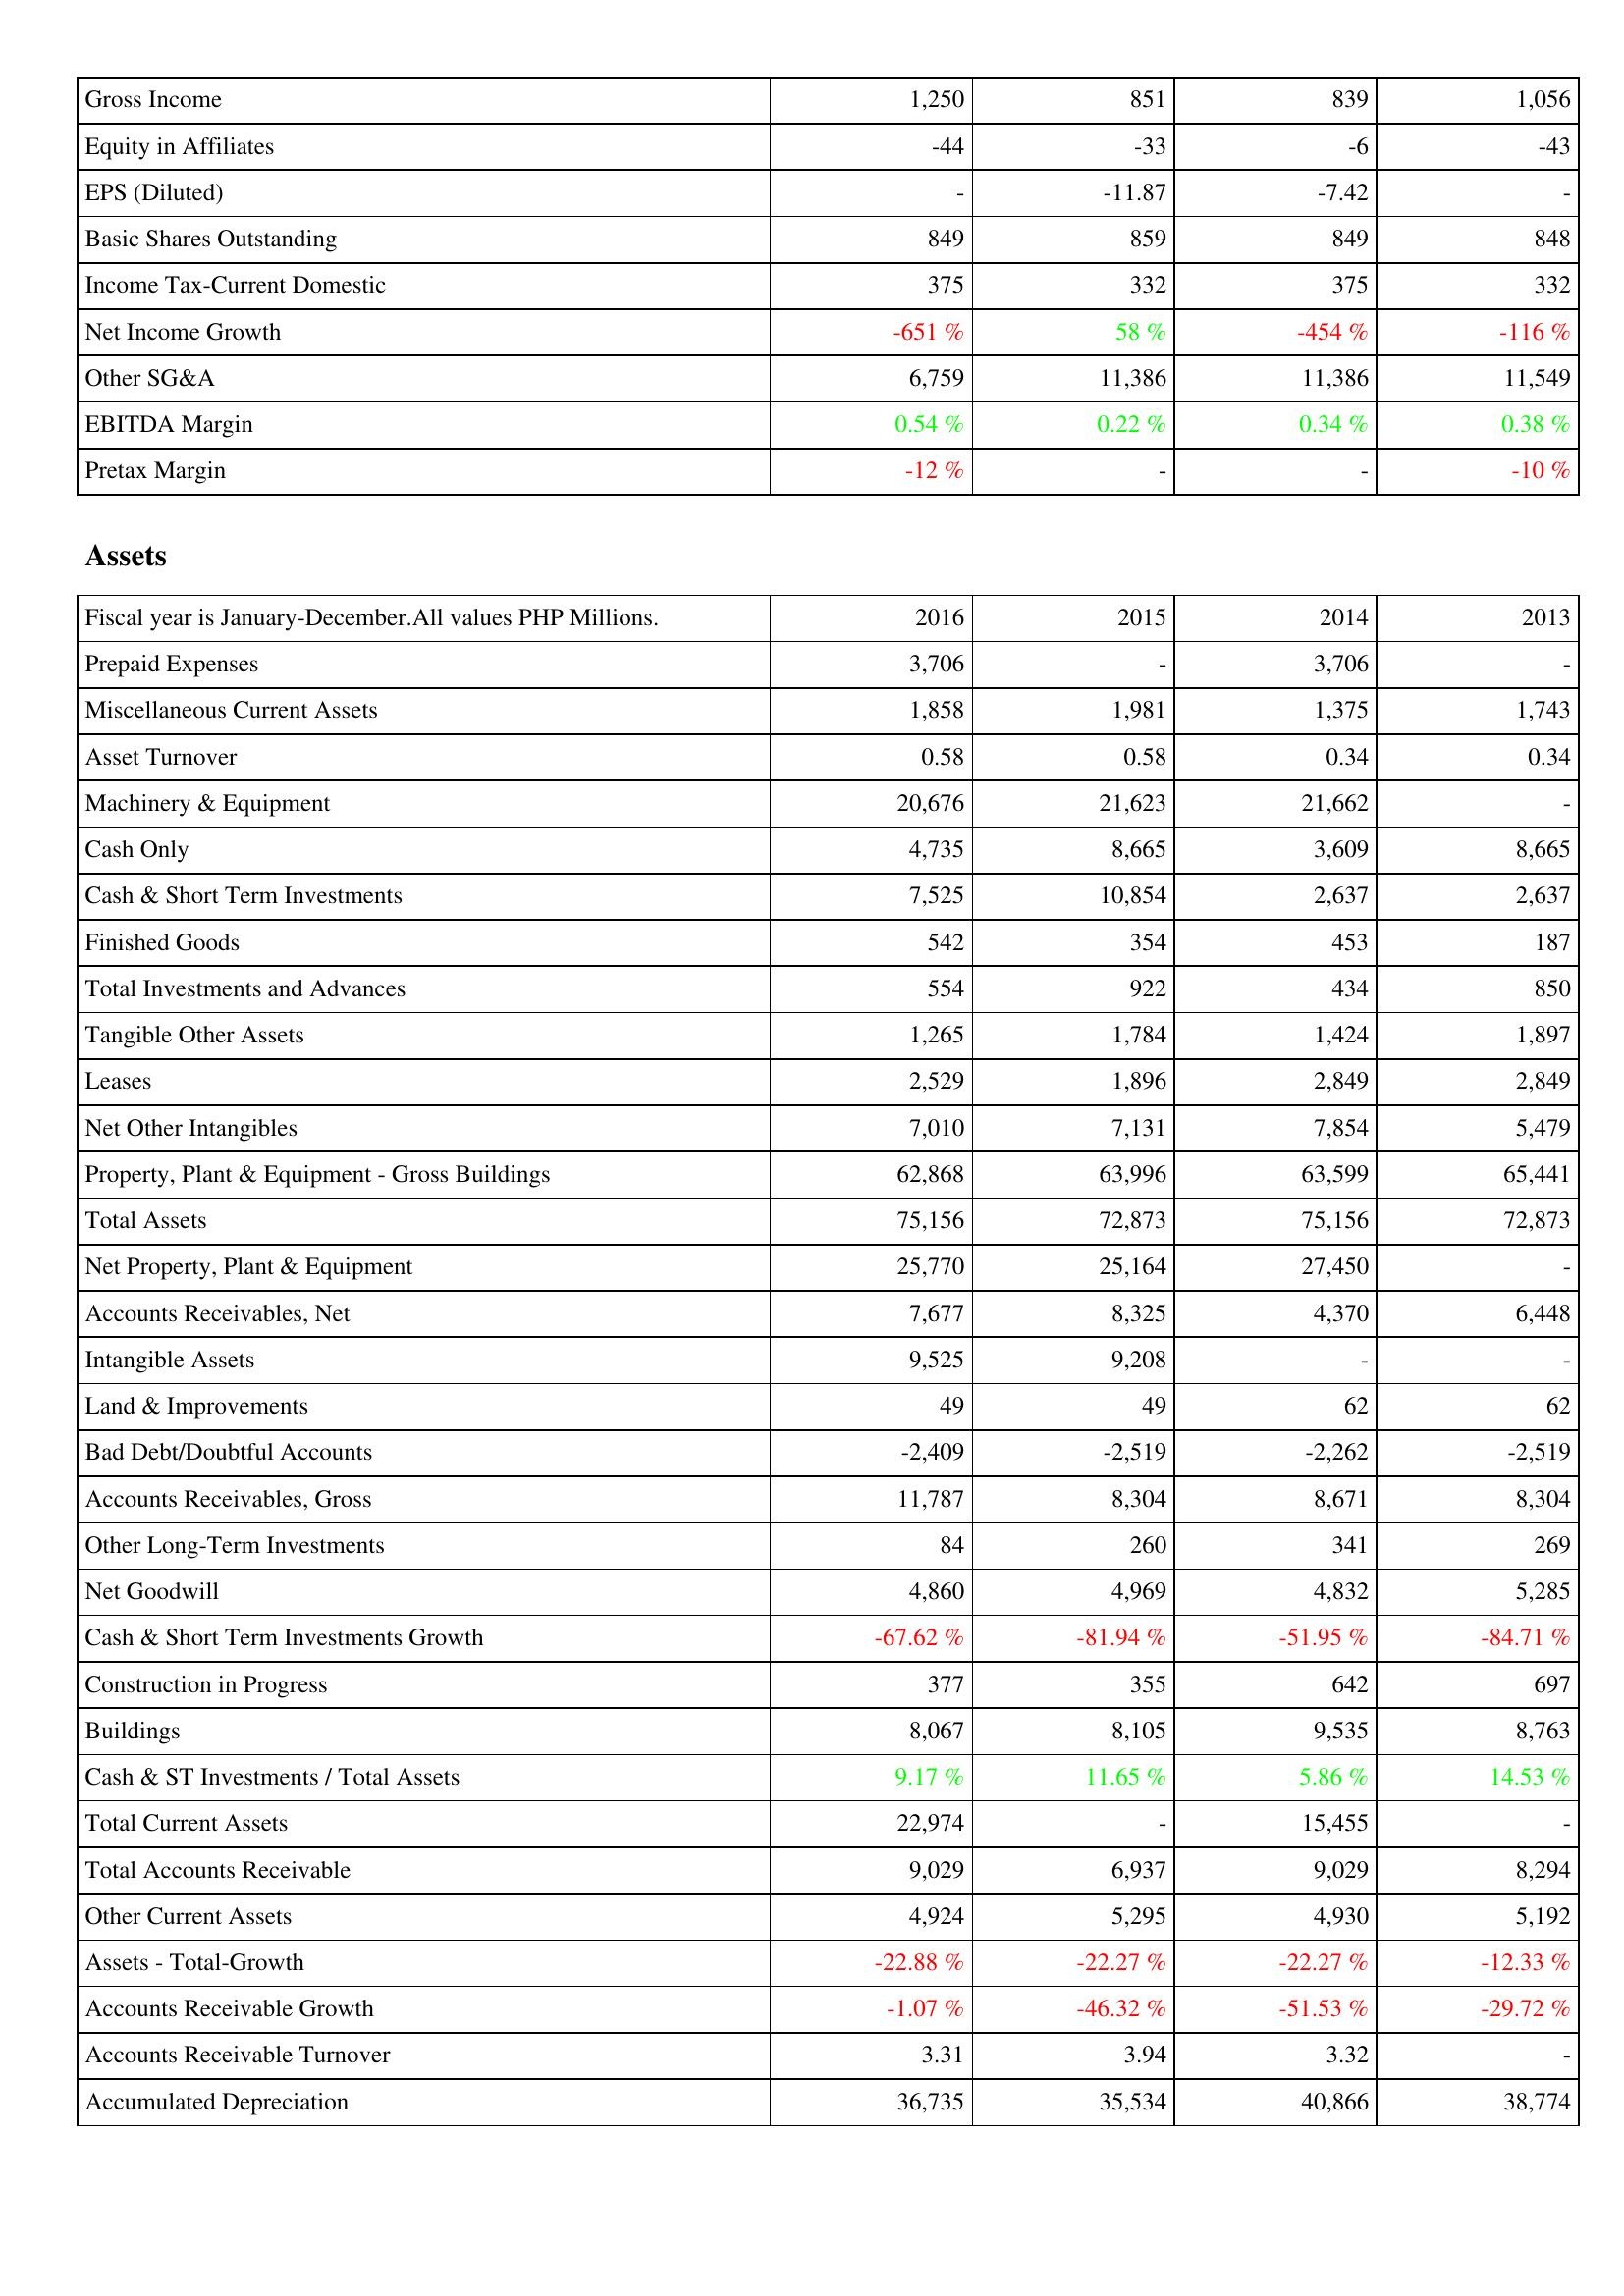
2016: Income Statement: Gross Income: 1,250
Equity in Affiliates: -44
EPS (Diluted): -
Basic Shares Outstanding: 849
Income Tax-Current Domestic: 375
Net Income Growth: -651 %
Other SG&A: 6,759
EBITDA Margin: 0.54 %
Pretax Margin: -12 %
Assets: Prepaid Expenses: 3,706
Miscellaneous Current Assets: 1,858
Asset Turnover: 0.58
Machinery & Equipment: 20,676
Cash Only: 4,735
Cash & Short Term Investments: 7,525
Finished Goods: 542
Total Investments and Advances: 554
Tangible Other Assets: 1,265
Leases: 2,529
Net Other Intangibles: 7,010
Property, Plant & Equipment - Gross Buildings: 62,868
Total Assets: 75,156
Net Property, Plant & Equipment: 25,770
Accounts Receivables, Net: 7,677
Intangible Assets: 9,525
Land & Improvements: 49
Bad Debt/Doubtful Accounts: -2,409
Accounts Receivables, Gross: 11,787
Other Long-Term Investments: 84
Net Goodwill: 4,860
Cash & Short Term Investments Growth: -67.62 %
Construction in Progress: 377
Buildings: 8,067
Cash & ST Investments / Total Assets: 9.17 %
Total Current Assets: 22,974
Total Accounts Receivable: 9,029
Other Current Assets: 4,924
Assets - Total-Growth: -22.88 %
Accounts Receivable Growth: -1.07 %
Accounts Receivable Turnover: 3.31
Accumulated Depreciation: 36,735
2015: Income Statement: Gross Income: 851
Equity in Affiliates: -33
EPS (Diluted): -11.87
Basic Shares Outstanding: 859
Income Tax-Current Domestic: 332
Net Income Growth: 58 %
Other SG&A: 11,386
EBITDA Margin: 0.22 %
Pretax Margin: -
Assets: Prepaid Expenses: -
Miscellaneous Current Assets: 1,981
Asset Turnover: 0.58
Machinery & Equipment: 21,623
Cash Only: 8,665
Cash & Short Term Investments: 10,854
Finished Goods: 354
Total Investments and Advances: 922
Tangible Other Assets: 1,784
Leases: 1,896
Net Other Intangibles: 7,131
Property, Plant & Equipment - Gross Buildings: 63,996
Total Assets: 72,873
Net Property, Plant & Equipment: 25,164
Accounts Receivables, Net: 8,325
Intangible Assets: 9,208
Land & Improvements: 49
Bad Debt/Doubtful Accounts: -2,519
Accounts Receivables, Gross: 8,304
Other Long-Term Investments: 260
Net Goodwill: 4,969
Cash & Short Term Investments Growth: -81.94 %
Construction in Progress: 355
Buildings: 8,105
Cash & ST Investments / Total Assets: 11.65 %
Total Current Assets: -
Total Accounts Receivable: 6,937
Other Current Assets: 5,295
Assets - Total-Growth: -22.27 %
Accounts Receivable Growth: -46.32 %
Accounts Receivable Turnover: 3.94
Accumulated Depreciation: 35,534
2014: Income Statement: Gross Income: 839
Equity in Affiliates: -6
EPS (Diluted): -7.42
Basic Shares Outstanding: 849
Income Tax-Current Domestic: 375
Net Income Growth: -454 %
Other SG&A: 11,386
EBITDA Margin: 0.34 %
Pretax Margin: -
Assets: Prepaid Expenses: 3,706
Miscellaneous Current Assets: 1,375
Asset Turnover: 0.34
Machinery & Equipment: 21,662
Cash Only: 3,609
Cash & Short Term Investments: 2,637
Finished Goods: 453
Total Investments and Advances: 434
Tangible Other Assets: 1,424
Leases: 2,849
Net Other Intangibles: 7,854
Property, Plant & Equipment - Gross Buildings: 63,599
Total Assets: 75,156
Net Property, Plant & Equipment: 27,450
Accounts Receivables, Net: 4,370
Intangible Assets: -
Land & Improvements: 62
Bad Debt/Doubtful Accounts: -2,262
Accounts Receivables, Gross: 8,671
Other Long-Term Investments: 341
Net Goodwill: 4,832
Cash & Short Term Investments Growth: -51.95 %
Construction in Progress: 642
Buildings: 9,535
Cash & ST Investments / Total Assets: 5.86 %
Total Current Assets: 15,455
Total Accounts Receivable: 9,029
Other Current Assets: 4,930
Assets - Total-Growth: -22.27 %
Accounts Receivable Growth: -51.53 %
Accounts Receivable Turnover: 3.32
Accumulated Depreciation: 40,866
2013: Income Statement: Gross Income: 1,056
Equity in Affiliates: -43
EPS (Diluted): -
Basic Shares Outstanding: 848
Income Tax-Current Domestic: 332
Net Income Growth: -116 %
Other SG&A: 11,549
EBITDA Margin: 0.38 %
Pretax Margin: -10 %
Assets: Prepaid Expenses: -
Miscellaneous Current Assets: 1,743
Asset Turnover: 0.34
Machinery & Equipment: -
Cash Only: 8,665
Cash & Short Term Investments: 2,637
Finished Goods: 187
Total Investments and Advances: 850
Tangible Other Assets: 1,897
Leases: 2,849
Net Other Intangibles: 5,479
Property, Plant & Equipment - Gross Buildings: 65,441
Total Assets: 72,873
Net Property, Plant & Equipment: -
Accounts Receivables, Net: 6,448
Intangible Assets: -
Land & Improvements: 62
Bad Debt/Doubtful Accounts: -2,519
Accounts Receivables, Gross: 8,304
Other Long-Term Investments: 269
Net Goodwill: 5,285
Cash & Short Term Investments Growth: -84.71 %
Construction in Progress: 697
Buildings: 8,763
Cash & ST Investments / Total Assets: 14.53 %
Total Current Assets: -
Total Accounts Receivable: 8,294
Other Current Assets: 5,192
Assets - Total-Growth: -12.33 %
Accounts Receivable Growth: -29.72 %
Accounts Receivable Turnover: -
Accumulated Depreciation: 38,774